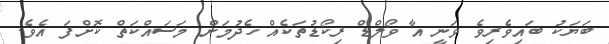
ބަޔަކު ބައިވެރިވެ ވަނީ އާ ވޯލްޑް ރިކޯޑުތަކެއް ހެދުމަށް މަސައްކަތް ކޮށްފަ އެވެ.